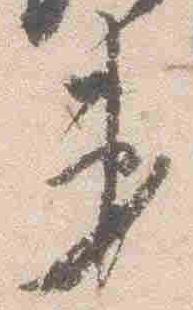
第